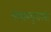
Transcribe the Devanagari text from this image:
नवाश्मयुगापर्यंत